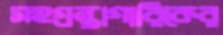
সহগ্রন্থাগারিকের